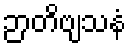
ဉာတိဗျသနံ